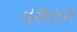
વશરામ